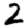
Digit: 2